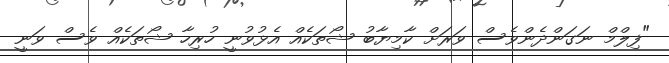
"ފިލްމް ނަގަންދެންވެސް ވަރަށް ކާމިޔާބު ޝޯތަކެއް އެޅުވުނީ ހުރިހާ ޝޯތަކެއް ވެސް ވަނީ